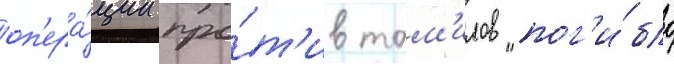
оп'ера́ции про́т'ив там'илов пог'и́бло